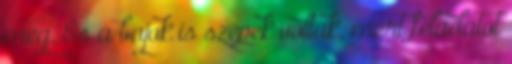
meg. És a bajok is szépek voltak, mert feladatot